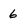
Character: 6